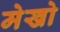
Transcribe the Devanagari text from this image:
मेखो